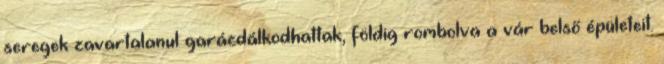
seregek zavartalanul garázdálkodhattak, földig rombolva a vár belső épületeit.